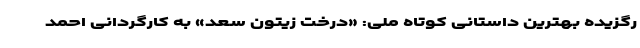
رگزیده بهترین داستانی کوتاه ملی: «درخت زیتون سعد» به کارگردانی احمد